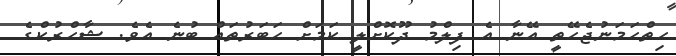
ހިތްހަމަނުޖެހޭތީ އޭނާ އެ ފިލްމު ދޫކޮށްލީ ކަމަށް ހަބަރުތައް ބުނެ އެވެ. ޝާހްރުކްގެ